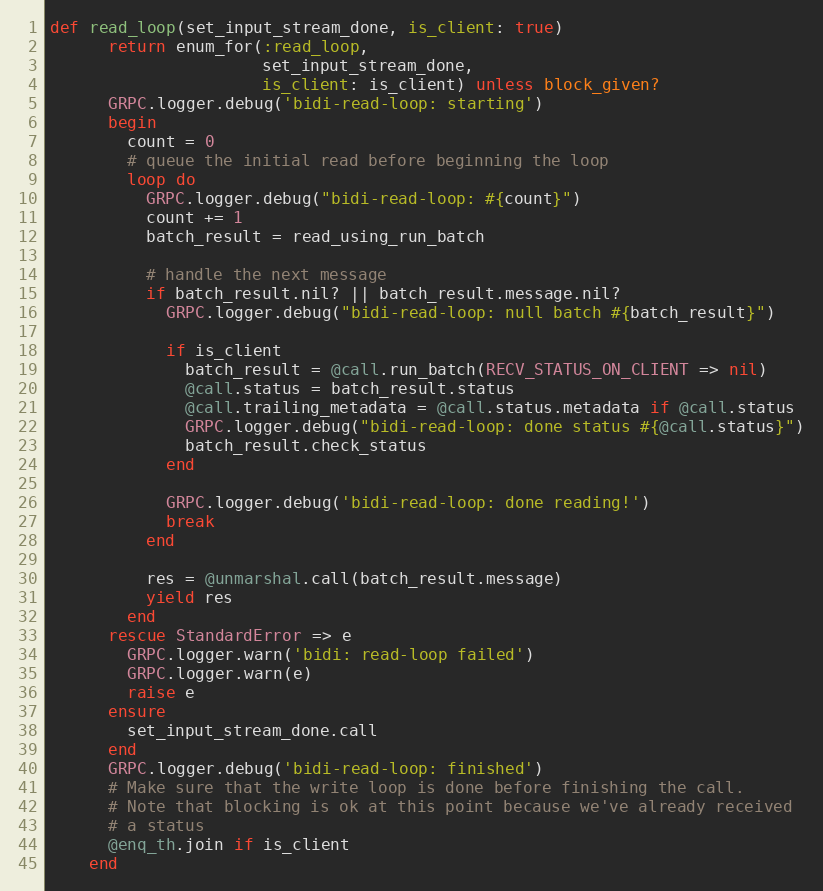
Language: Ruby
def read_loop(set_input_stream_done, is_client: true)
      return enum_for(:read_loop,
                      set_input_stream_done,
                      is_client: is_client) unless block_given?
      GRPC.logger.debug('bidi-read-loop: starting')
      begin
        count = 0
        # queue the initial read before beginning the loop
        loop do
          GRPC.logger.debug("bidi-read-loop: #{count}")
          count += 1
          batch_result = read_using_run_batch

          # handle the next message
          if batch_result.nil? || batch_result.message.nil?
            GRPC.logger.debug("bidi-read-loop: null batch #{batch_result}")

            if is_client
              batch_result = @call.run_batch(RECV_STATUS_ON_CLIENT => nil)
              @call.status = batch_result.status
              @call.trailing_metadata = @call.status.metadata if @call.status
              GRPC.logger.debug("bidi-read-loop: done status #{@call.status}")
              batch_result.check_status
            end

            GRPC.logger.debug('bidi-read-loop: done reading!')
            break
          end

          res = @unmarshal.call(batch_result.message)
          yield res
        end
      rescue StandardError => e
        GRPC.logger.warn('bidi: read-loop failed')
        GRPC.logger.warn(e)
        raise e
      ensure
        set_input_stream_done.call
      end
      GRPC.logger.debug('bidi-read-loop: finished')
      # Make sure that the write loop is done before finishing the call.
      # Note that blocking is ok at this point because we've already received
      # a status
      @enq_th.join if is_client
    end